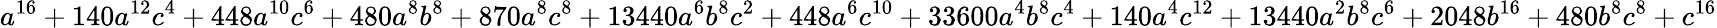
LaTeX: a^{16}+140a^{12}c^{4}+448a^{10}c^{6}+480a^{8}b^{8}+870a^{8}c^{8}+13440a^{6}b^{8}c^{2}+448a^{6}c^{10}+33600a^{4}b^{8}c^{4}+140a^{4}c^{12}+13440a^{2}b^{8}c^{6}+2048b^{16}+480b^{8}c^{8}+c^{16}